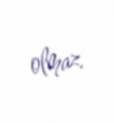
olmaz.